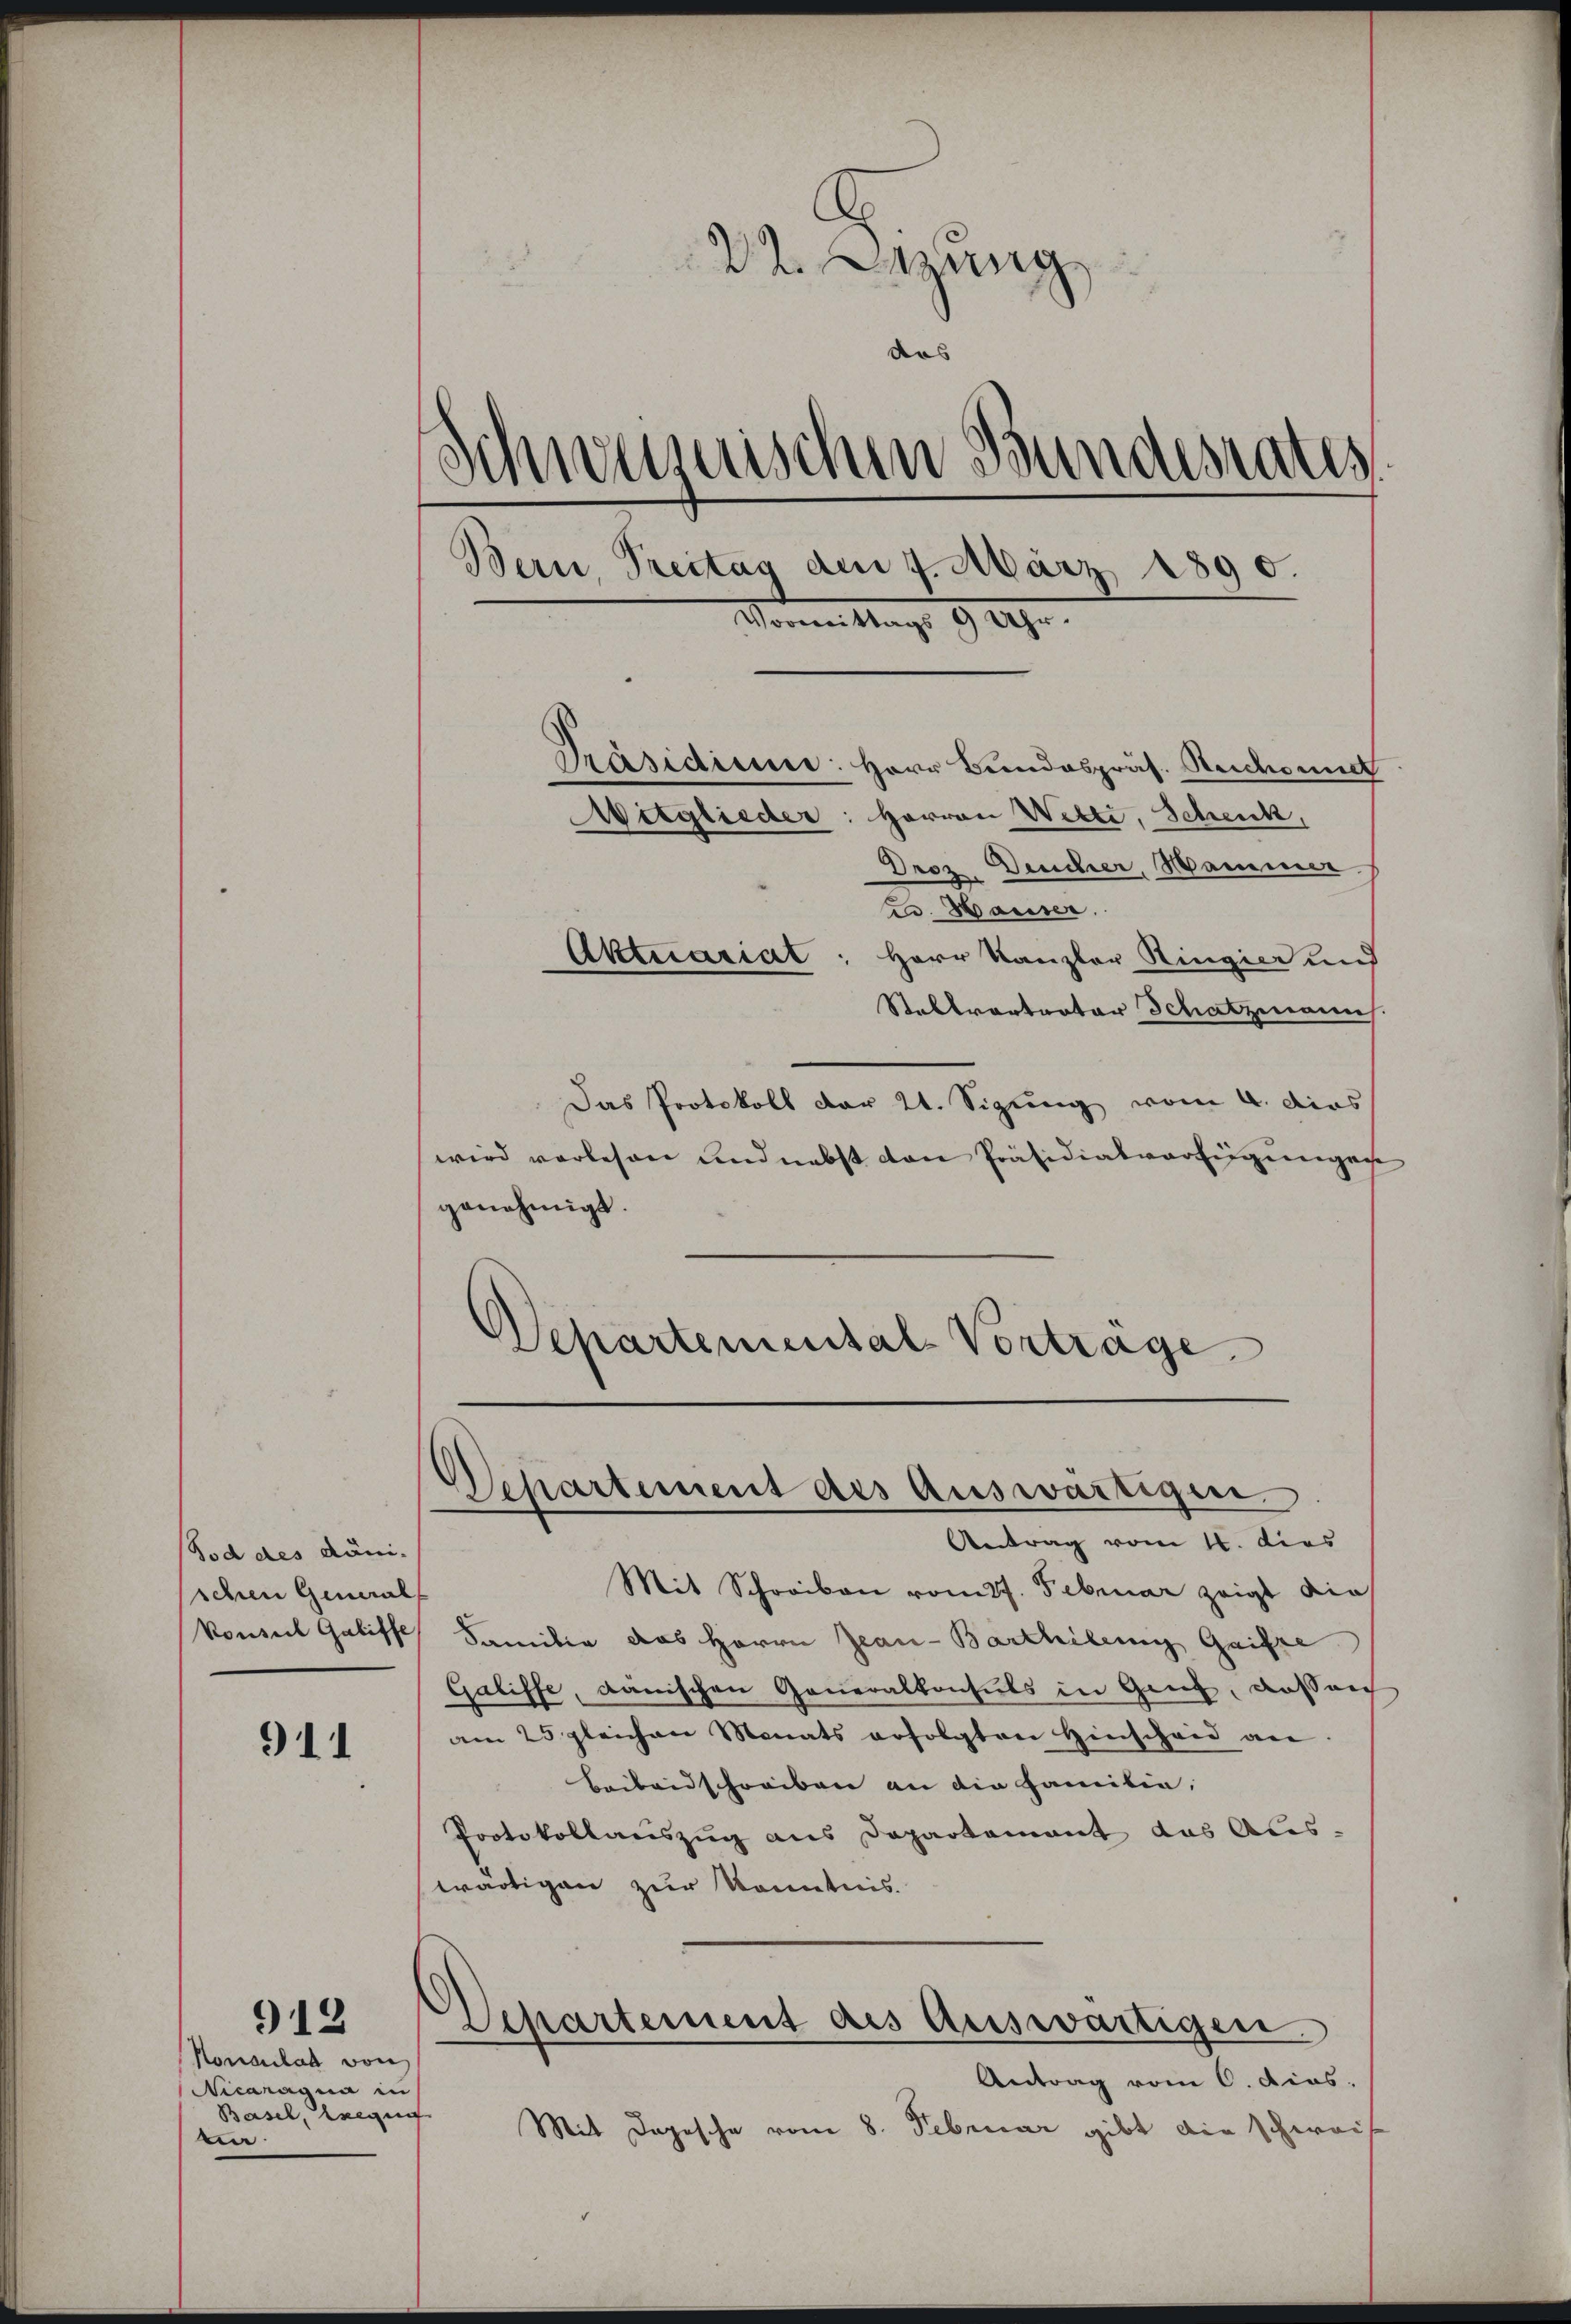
Tod des Dänischen General
konsul Galiffe

911

912

rang
das
Schweizerischen Bundesrates
Bern, Treitag den 7. März 1890
Mormittag. 92.
Präsidium: Herr Bundespräs. Reichsund
Witglieder: Herren Wetti, Schenk,
Droz. Deucher, Hammer
e. Hauser.
Aktuarial
Herr Kanzler Ringier und

Konsulat von
Nicanasia in
Basel, regis
mn

Stabtvortrator Schatzmanns.
Das Protokoll der 21. Sigung vom 4. dies
wird vorlesen und nebst von Präsidialverfügungen
genehmigt.
Departemental-Vortrage

Separtement des Auswärtigen.
Antrag vom 16. dies

Mit Schreiben romtf. Februar zeigt die
Familie das Herrn Jean-Barthilen Gaiste
Galiffe, dänischen Generalkonsuls in Genf, dassen
am 25 gleichen Monats erfolgten Hinscheid an
Beibendschreiben an die Familie,
Protokollauszug aus Dapartament das Aus-
wärtigen zur Kenntnis.
Departement des Auswärtigen
Antrag vom 6. dies
.
Mit Depesche vom 8. Februar gibt die schweiz